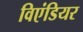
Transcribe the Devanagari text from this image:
विएंडियर